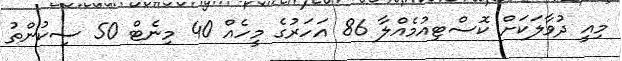
މިއީ ދުވާލަކަށް ކޮސްޓިއުމެއްލާ 86 އަހަރުގެ މީހެއް 40 މިނެޓް 50 ސިކުންތު